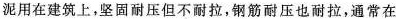
泥用在建筑上，坚固耐压但不耐拉，钢筋耐压也耐拉，通常在